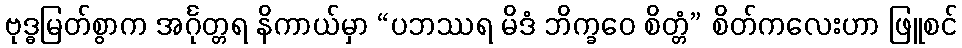
ဗုဒ္ဓမြတ်စွာက အင်္ဂုတ္တရ နိကာယ်မှာ “ပဘဿရ မိဒံ ဘိက္ခဝေ စိတ္တံ” စိတ်ကလေးဟာ ဖြူစင်